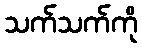
သက်သက်ကို